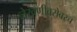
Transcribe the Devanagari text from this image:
लेखणीबरोबरच